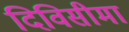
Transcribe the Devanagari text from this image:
दिविसीमा